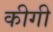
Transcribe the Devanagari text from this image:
कीगी